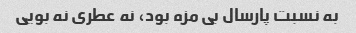
به نسبت پارسال بی مزه بود، نه عطری نه بویی